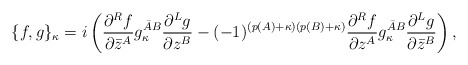
\begin{align*}\{ f,g\}_\kappa = i\left( \frac{\partial ^R f}{\partial \bar z^A} g^{{\bar A}B}_\kappa \frac{\partial ^L g}{\partial z^B} - (-1)^{(p(A)+\kappa)(p(B)+\kappa)} \frac{\partial ^R f}{\partial z^A} g^{{\bar A}B}_\kappa \frac{\partial ^L g }{\partial \bar z^B} \right),\end{align*}